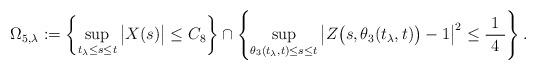
LaTeX: \begin{align*}\Omega_{5,\lambda} &:= \left\{ \sup_{t_\lambda \le s \le t} \big| X(s) \big| \le C_8 \right\} \cap \left\{ \sup_{\theta_3 (t_\lambda, t) \le s \le t} \big| Z \big( s, \theta_3 (t_\lambda, t) \big) - 1 \big|^2 \le \frac{ \ 1 \ }{4} \right\}. \end{align*}